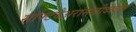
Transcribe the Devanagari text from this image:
सॉफ्टवेअरांसाठीदेखील